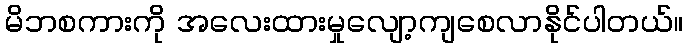
မိဘစကားကို အလေးထားမှုလျော့ကျစေလာနိုင်ပါတယ်။